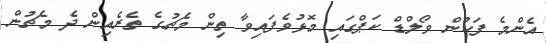
އެންމެ ފަހުން ވޯލްޑް ކަޕްގައި މޮޅުވެފައިވާ ތިން މެޗުގެ ތެރެއިން ދެ މެޗުން